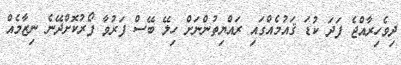
ދިވެހިރާއްޖެ ފަދަ ކުޑަ ޤައުމެއްގައި ރައްޔިތުންނަށް ހިލޭ ބޭސް ފަރުވާ ފޯރުކޮށްދޭނެ ނިޒާމެއް